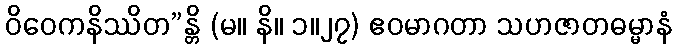
ဝိဝေကနိဿိတ”န္တိ (မ။ နိ။ ၁။၂၇) ဧဝမာဂတာ သဟဇာတဓမ္မာနံ